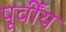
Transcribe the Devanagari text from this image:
पूर्वींय